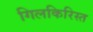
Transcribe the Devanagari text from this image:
गिलकिरिस्त